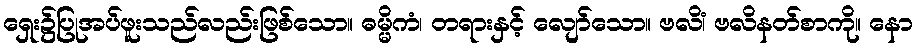
ရှေး၌ပြုအပ်ဖူးသည်လည်းဖြစ်သော။ ဓမ္မိကံ၊ တရားနှင့် လျော်သော။ ဗလိံ၊ ဗလိနတ်စာကို။ နော